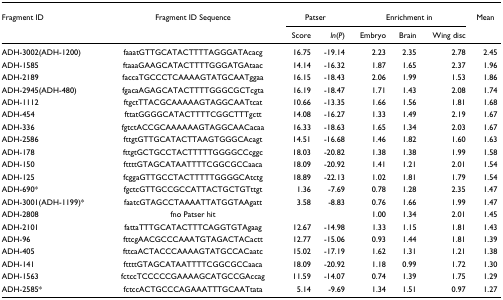
<table><thead><tr><td><b>Fragment ID</b></td><td><b>Fragment ID Sequence</b></td><td colspan="2"><b>Patser</b></td><td colspan="3"><b>Enrichment in</b></td><td><b>Mean</b></td></tr><tr><td></td><td></td><td><b>Score</b></td><td><b><i>ln</i>(<i>P</i>)</b></td><td><b>Embryo</b></td><td><b>Brain</b></td><td><b>Wing disc</b></td><td></td></tr></thead><tbody><tr><td>ADH-3002(ADH-1200)</td><td>faaatGTTGCATACTTTTAGGGATAcacg</td><td>16.75</td><td>-19.14</td><td>2.23</td><td>2.35</td><td>2.78</td><td>2.45</td></tr><tr><td>ADH-1585</td><td>ftaaaGAAGCATACTTTTGGGATGAtaac</td><td>14.14</td><td>-16.32</td><td>1.87</td><td>1.65</td><td>2.37</td><td>1.96</td></tr><tr><td>ADH-2189</td><td>faccaTGCCCTCAAAAGTATGCAATggaa</td><td>16.15</td><td>-18.43</td><td>2.06</td><td>1.99</td><td>1.53</td><td>1.86</td></tr><tr><td>ADH-2945(ADH-480)</td><td>fgacaAGAGCATACTTTTGGGCGCTcgta</td><td>16.19</td><td>-18.47</td><td>1.71</td><td>1.43</td><td>2.08</td><td>1.74</td></tr><tr><td>ADH-1112</td><td>ftgctTTACGCAAAAAGTAGGCAATtcat</td><td>10.66</td><td>-13.35</td><td>1.66</td><td>1.56</td><td>1.81</td><td>1.68</td></tr><tr><td>ADH-454</td><td>fttatGGGGCATACTTTTCGGCTTTgctt</td><td>14.08</td><td>-16.27</td><td>1.33</td><td>1.49</td><td>2.19</td><td>1.67</td></tr><tr><td>ADH-336</td><td>fgtctACCGCAAAAAAGTAGGCAACacaa</td><td>16.33</td><td>-18.63</td><td>1.65</td><td>1.34</td><td>2.03</td><td>1.67</td></tr><tr><td>ADH-2586</td><td>fttgtGTTGCATACTTAAGTGGGCAcagt</td><td>14.51</td><td>-16.68</td><td>1.46</td><td>1.82</td><td>1.60</td><td>1.63</td></tr><tr><td>ADH-178</td><td>fttgtGCTGCCTACTTTTTGGGGCCcggc</td><td>18.03</td><td>-20.82</td><td>1.38</td><td>1.38</td><td>1.99</td><td>1.58</td></tr><tr><td>ADH-150</td><td>fttttGTAGCATAATTTTCGGCGCCaaca</td><td>18.09</td><td>-20.92</td><td>1.41</td><td>1.21</td><td>2.01</td><td>1.54</td></tr><tr><td>ADH-125</td><td>fcggaGTTGCCTACTTTTTGGGGCAtctg</td><td>18.89</td><td>-22.13</td><td>1.02</td><td>1.81</td><td>1.79</td><td>1.54</td></tr><tr><td>ADH-690*</td><td>fgctcGTTGCCGCCATTACTGCTGTttgt</td><td>1.36</td><td>-7.69</td><td>0.78</td><td>1.28</td><td>2.35</td><td>1.47</td></tr><tr><td>ADH-3001(ADH-1199)*</td><td>faatcGTAGCCTAAAATTATGGTAAgatt</td><td>3.58</td><td>-8.83</td><td>0.76</td><td>1.66</td><td>1.99</td><td>1.47</td></tr><tr><td>ADH-2808</td><td>fno Patser hit</td><td></td><td></td><td>1.00</td><td>1.34</td><td>2.01</td><td>1.45</td></tr><tr><td>ADH-2101</td><td>fattaTTTGCATACTTTCAGGTGTAgaag</td><td>12.67</td><td>-14.98</td><td>1.33</td><td>1.15</td><td>1.81</td><td>1.43</td></tr><tr><td>ADH-96</td><td>fttcgAACGCCCAAATGTAGACTACactt</td><td>12.77</td><td>-15.06</td><td>0.93</td><td>1.44</td><td>1.81</td><td>1.39</td></tr><tr><td>ADH-405</td><td>fttcaACTACCCAAAAGTATGCCACaatc</td><td>15.02</td><td>-17.19</td><td>1.62</td><td>1.31</td><td>1.21</td><td>1.38</td></tr><tr><td>ADH-141</td><td>fttttGTAGCATAATTTTCGGCGCCaaca</td><td>18.09</td><td>-20.92</td><td>1.18</td><td>0.99</td><td>1.72</td><td>1.30</td></tr><tr><td>ADH-1563</td><td>fctccTCCCCCGAAAAGCATGCCGAccag</td><td>11.59</td><td>-14.07</td><td>0.74</td><td>1.39</td><td>1.75</td><td>1.29</td></tr><tr><td>ADH-2585*</td><td>fctccACTGCCCAGAAATTTGCAATtata</td><td>5.14</td><td>-9.69</td><td>1.34</td><td>1.51</td><td>0.97</td><td>1.27</td></tr></tbody></table>